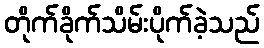
တိုက်ခိုက်သိမ်းပိုက်ခဲ့သည်